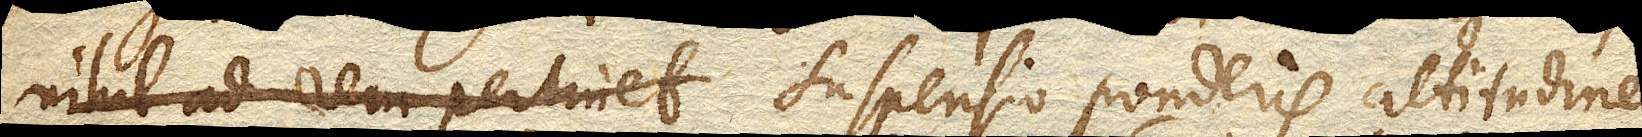
nihil ad rem pertinet suspensio ponderis altitudine